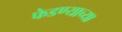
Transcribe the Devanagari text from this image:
फेडण्याच्या